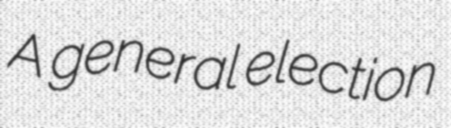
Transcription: A general election